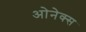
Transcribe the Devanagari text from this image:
ओनेक्स